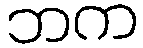
ဘက